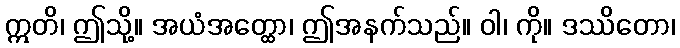
ဣတိ၊ ဤသို့။ အယံအတ္ထော၊ ဤအနက်သည်။ ဝါ၊ ကို။ ဒဿိတော၊